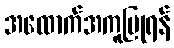
အထောက်အကူပြုရန်